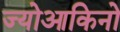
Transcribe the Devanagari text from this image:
ज्योआकिनो